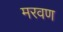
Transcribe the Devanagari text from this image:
मरवण